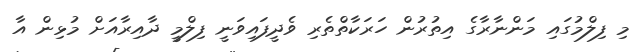
މި ފިލްމުގައި މަންނާރާގެ އިތުރުން ހަރަކާތްތެރި ވެދީފައިވަނީ ފިލްމީ ދާއިރާއަށް މުޅިން އާ